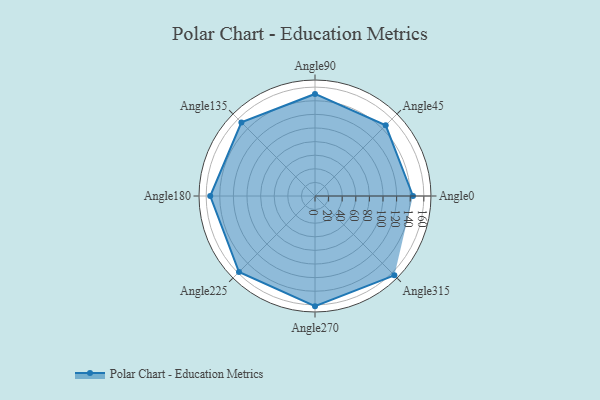
{"axis": {"x": "Angle", "y": "Radius"}, "legend": [""], "data": [{"x": "Angle0", "y": 144.0, "type": ""}, {"x": "Angle45", "y": 147.0, "type": ""}, {"x": "Angle90", "y": 150.0, "type": ""}, {"x": "Angle135", "y": 153.0, "type": ""}, {"x": "Angle180", "y": 154.0, "type": ""}, {"x": "Angle225", "y": 158.0, "type": ""}, {"x": "Angle270", "y": 162.0, "type": ""}, {"x": "Angle315", "y": 165.0, "type": ""}]}